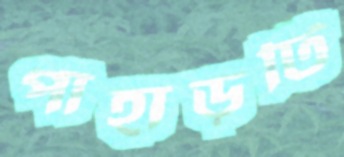
পাহাড়টি